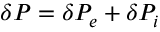
\delta P = \delta P _ { e } + \delta P _ { i }